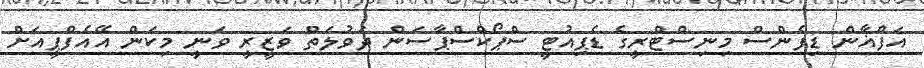
އަފްޣާން ޑިފެންސް މިނިސްޓްރީގެ ޑެޕިއުޓީ ސްޕޯކްސްޕާސަން ދަވުލަތް ވަޒީރީ ވަނީ މިކަން އޭއެފްޕީއަށް